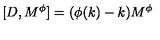
\lbrack D , M ^ { \phi } ] = ( \phi ( k ) - k ) M ^ { \phi }